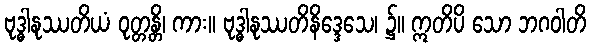
ဗုဒ္ဓါနုဿတိယံ ဝုတ္တန္တိ၊ ကား။ ဗုဒ္ဓါနုဿတိနိဒ္ဒေသေ၊ ၌။ ဣတိပိ သော ဘဂဝါတိ